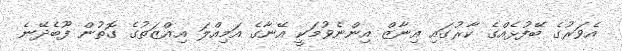
އެވަރުގެ ބޭފުޅެއްގެ ކާރުގައި އިނާޒް އިންނެވުމަކީ އޭނާގެ އަމިއްލަ އިއްޒަތުގެ ގޮތުން ފޫބެދޭނެ